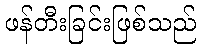
ဖန်တီးခြင်းဖြစ်သည်